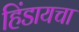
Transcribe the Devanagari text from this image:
हिंडायचा